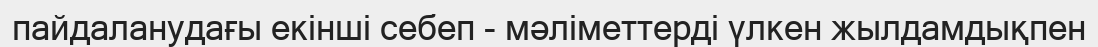
пайдаланудағы екінші себеп - мәліметтерді үлкен жылдамдықпен